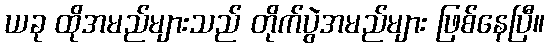
ယခု ထိုအမည်များသည် တိုက်ပွဲအမည်များ ဖြစ်နေပြီ။